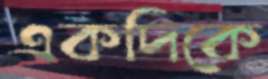
একদিকে